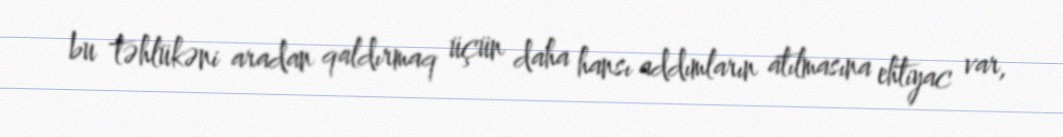
bu təhlükəni aradan qaldırmaq üçün daha hansı addımların atılmasına ehtiyac var,